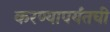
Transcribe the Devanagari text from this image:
करण्यापर्यंतची